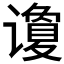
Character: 𰶍